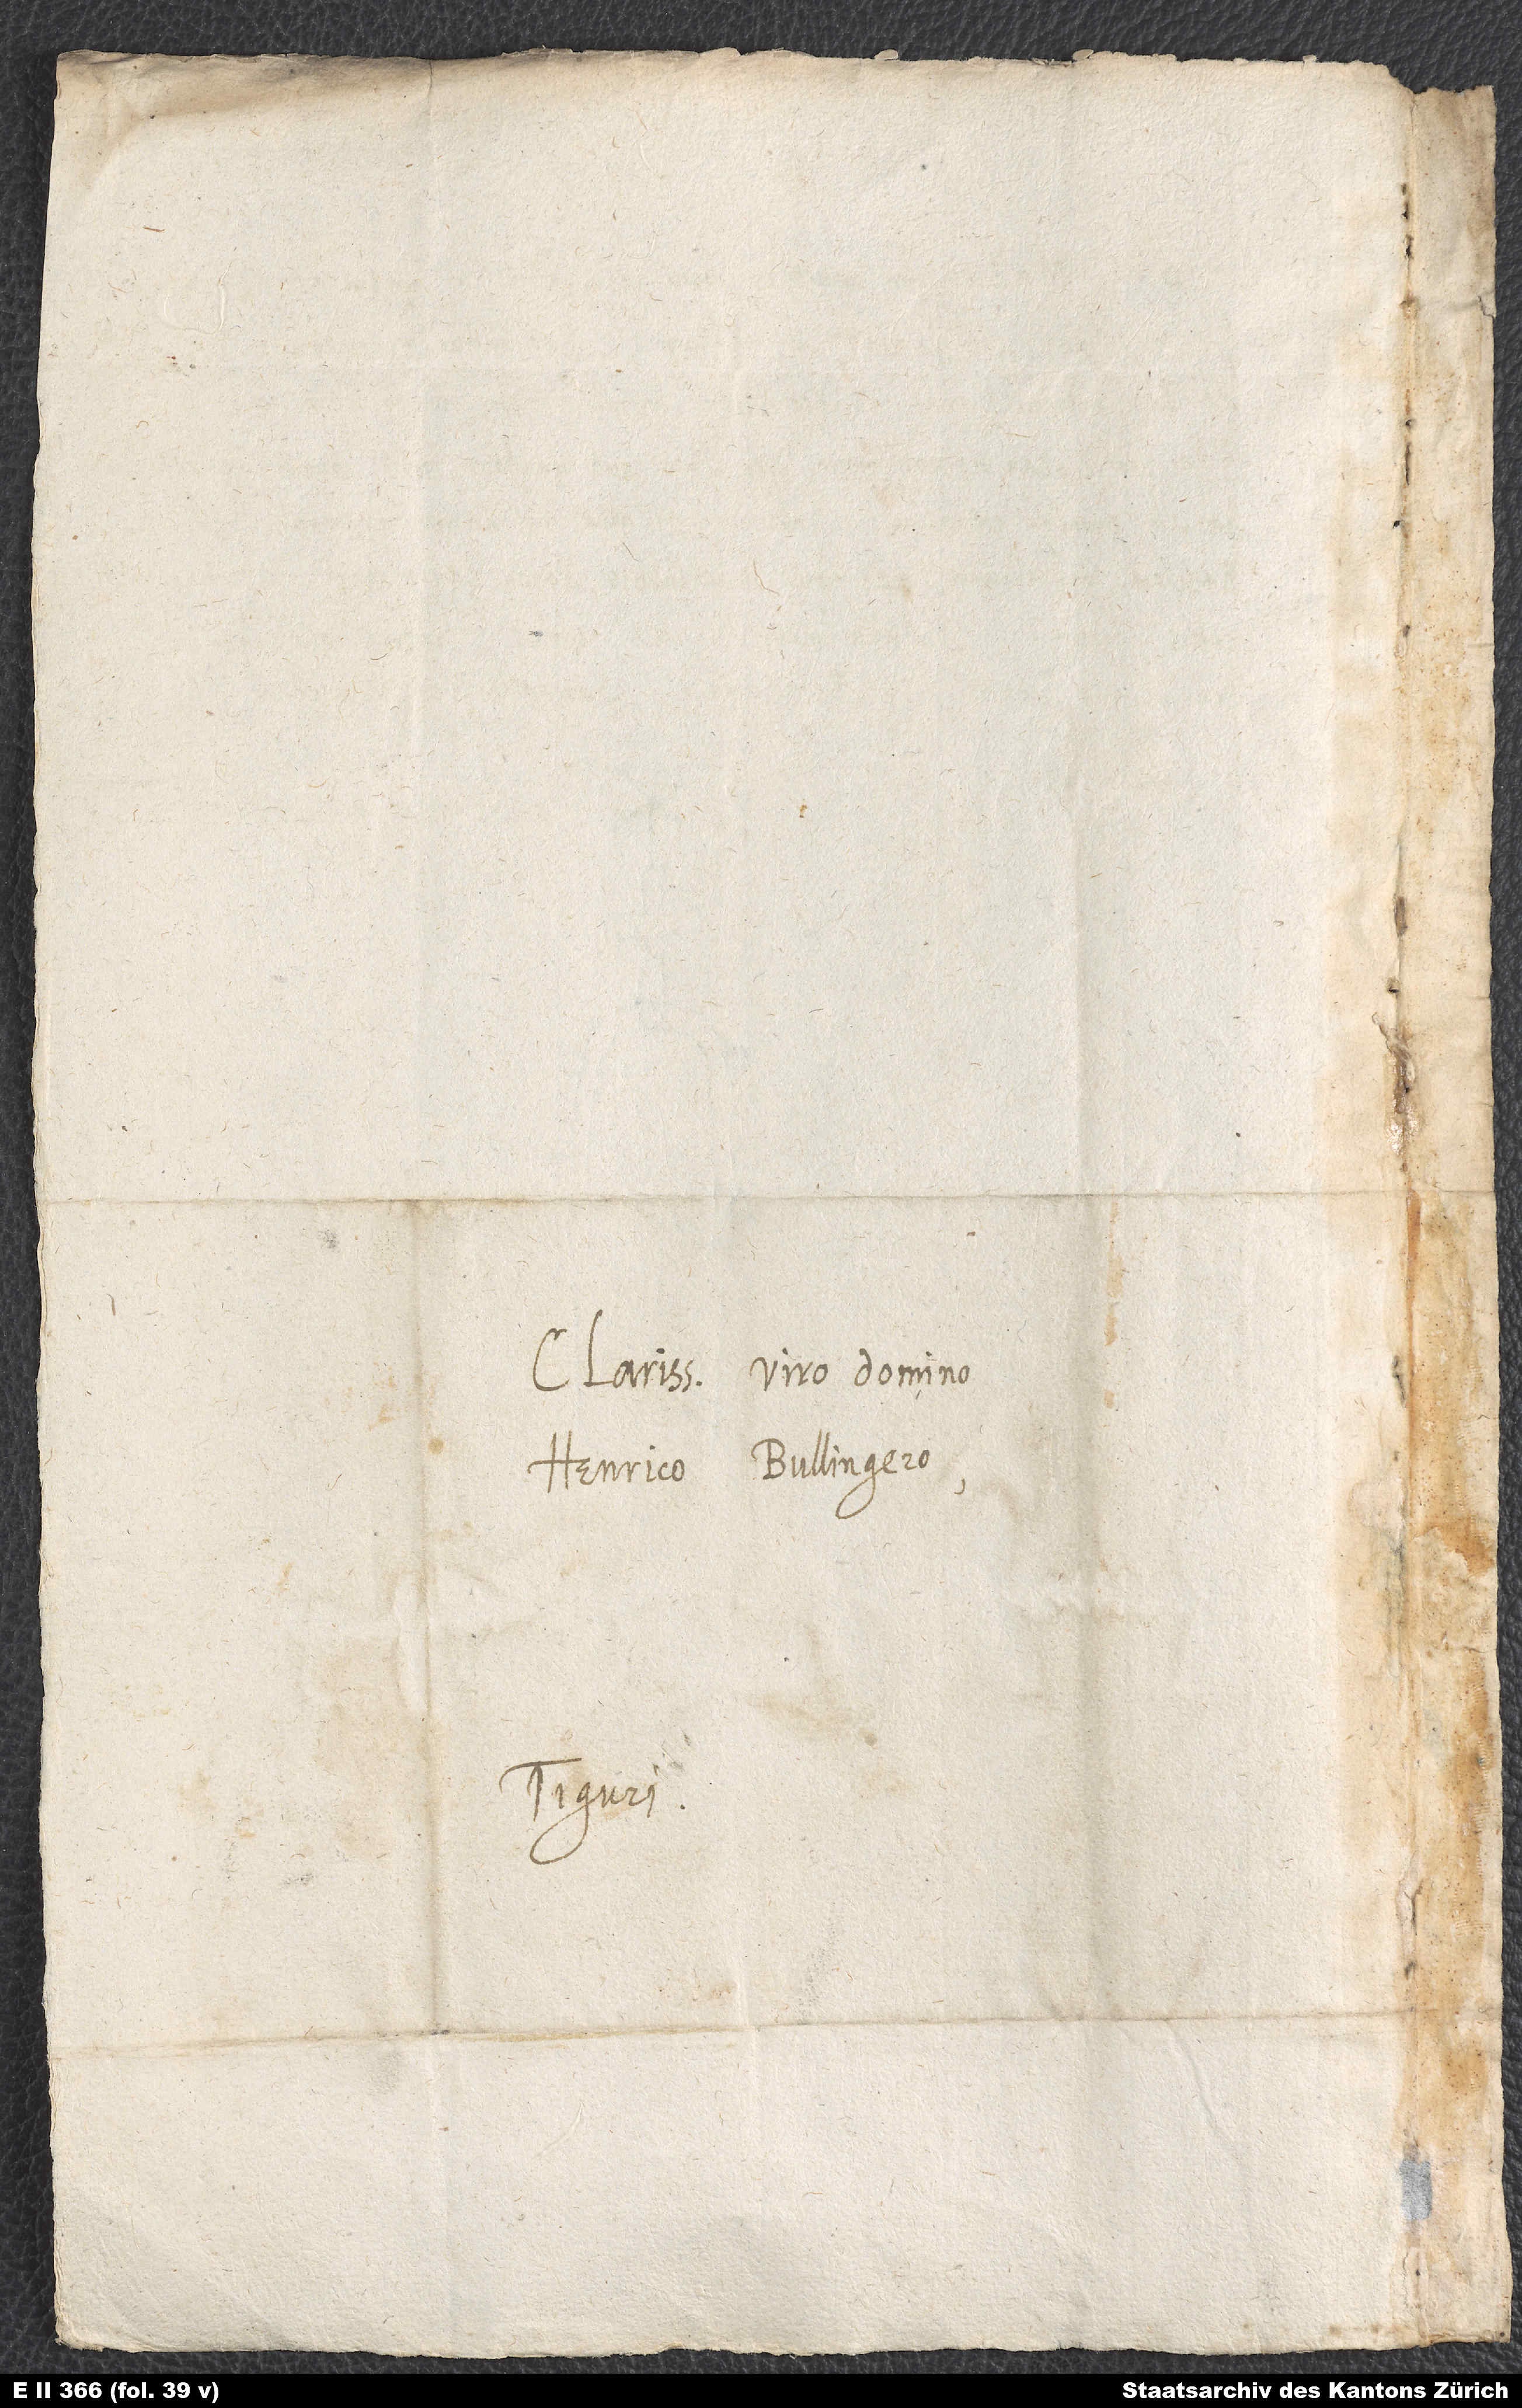
Clarissimo viro domino
Henrico Bullingero.
Tiguri.